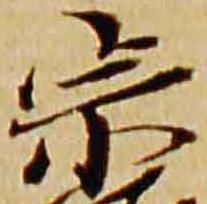
宗